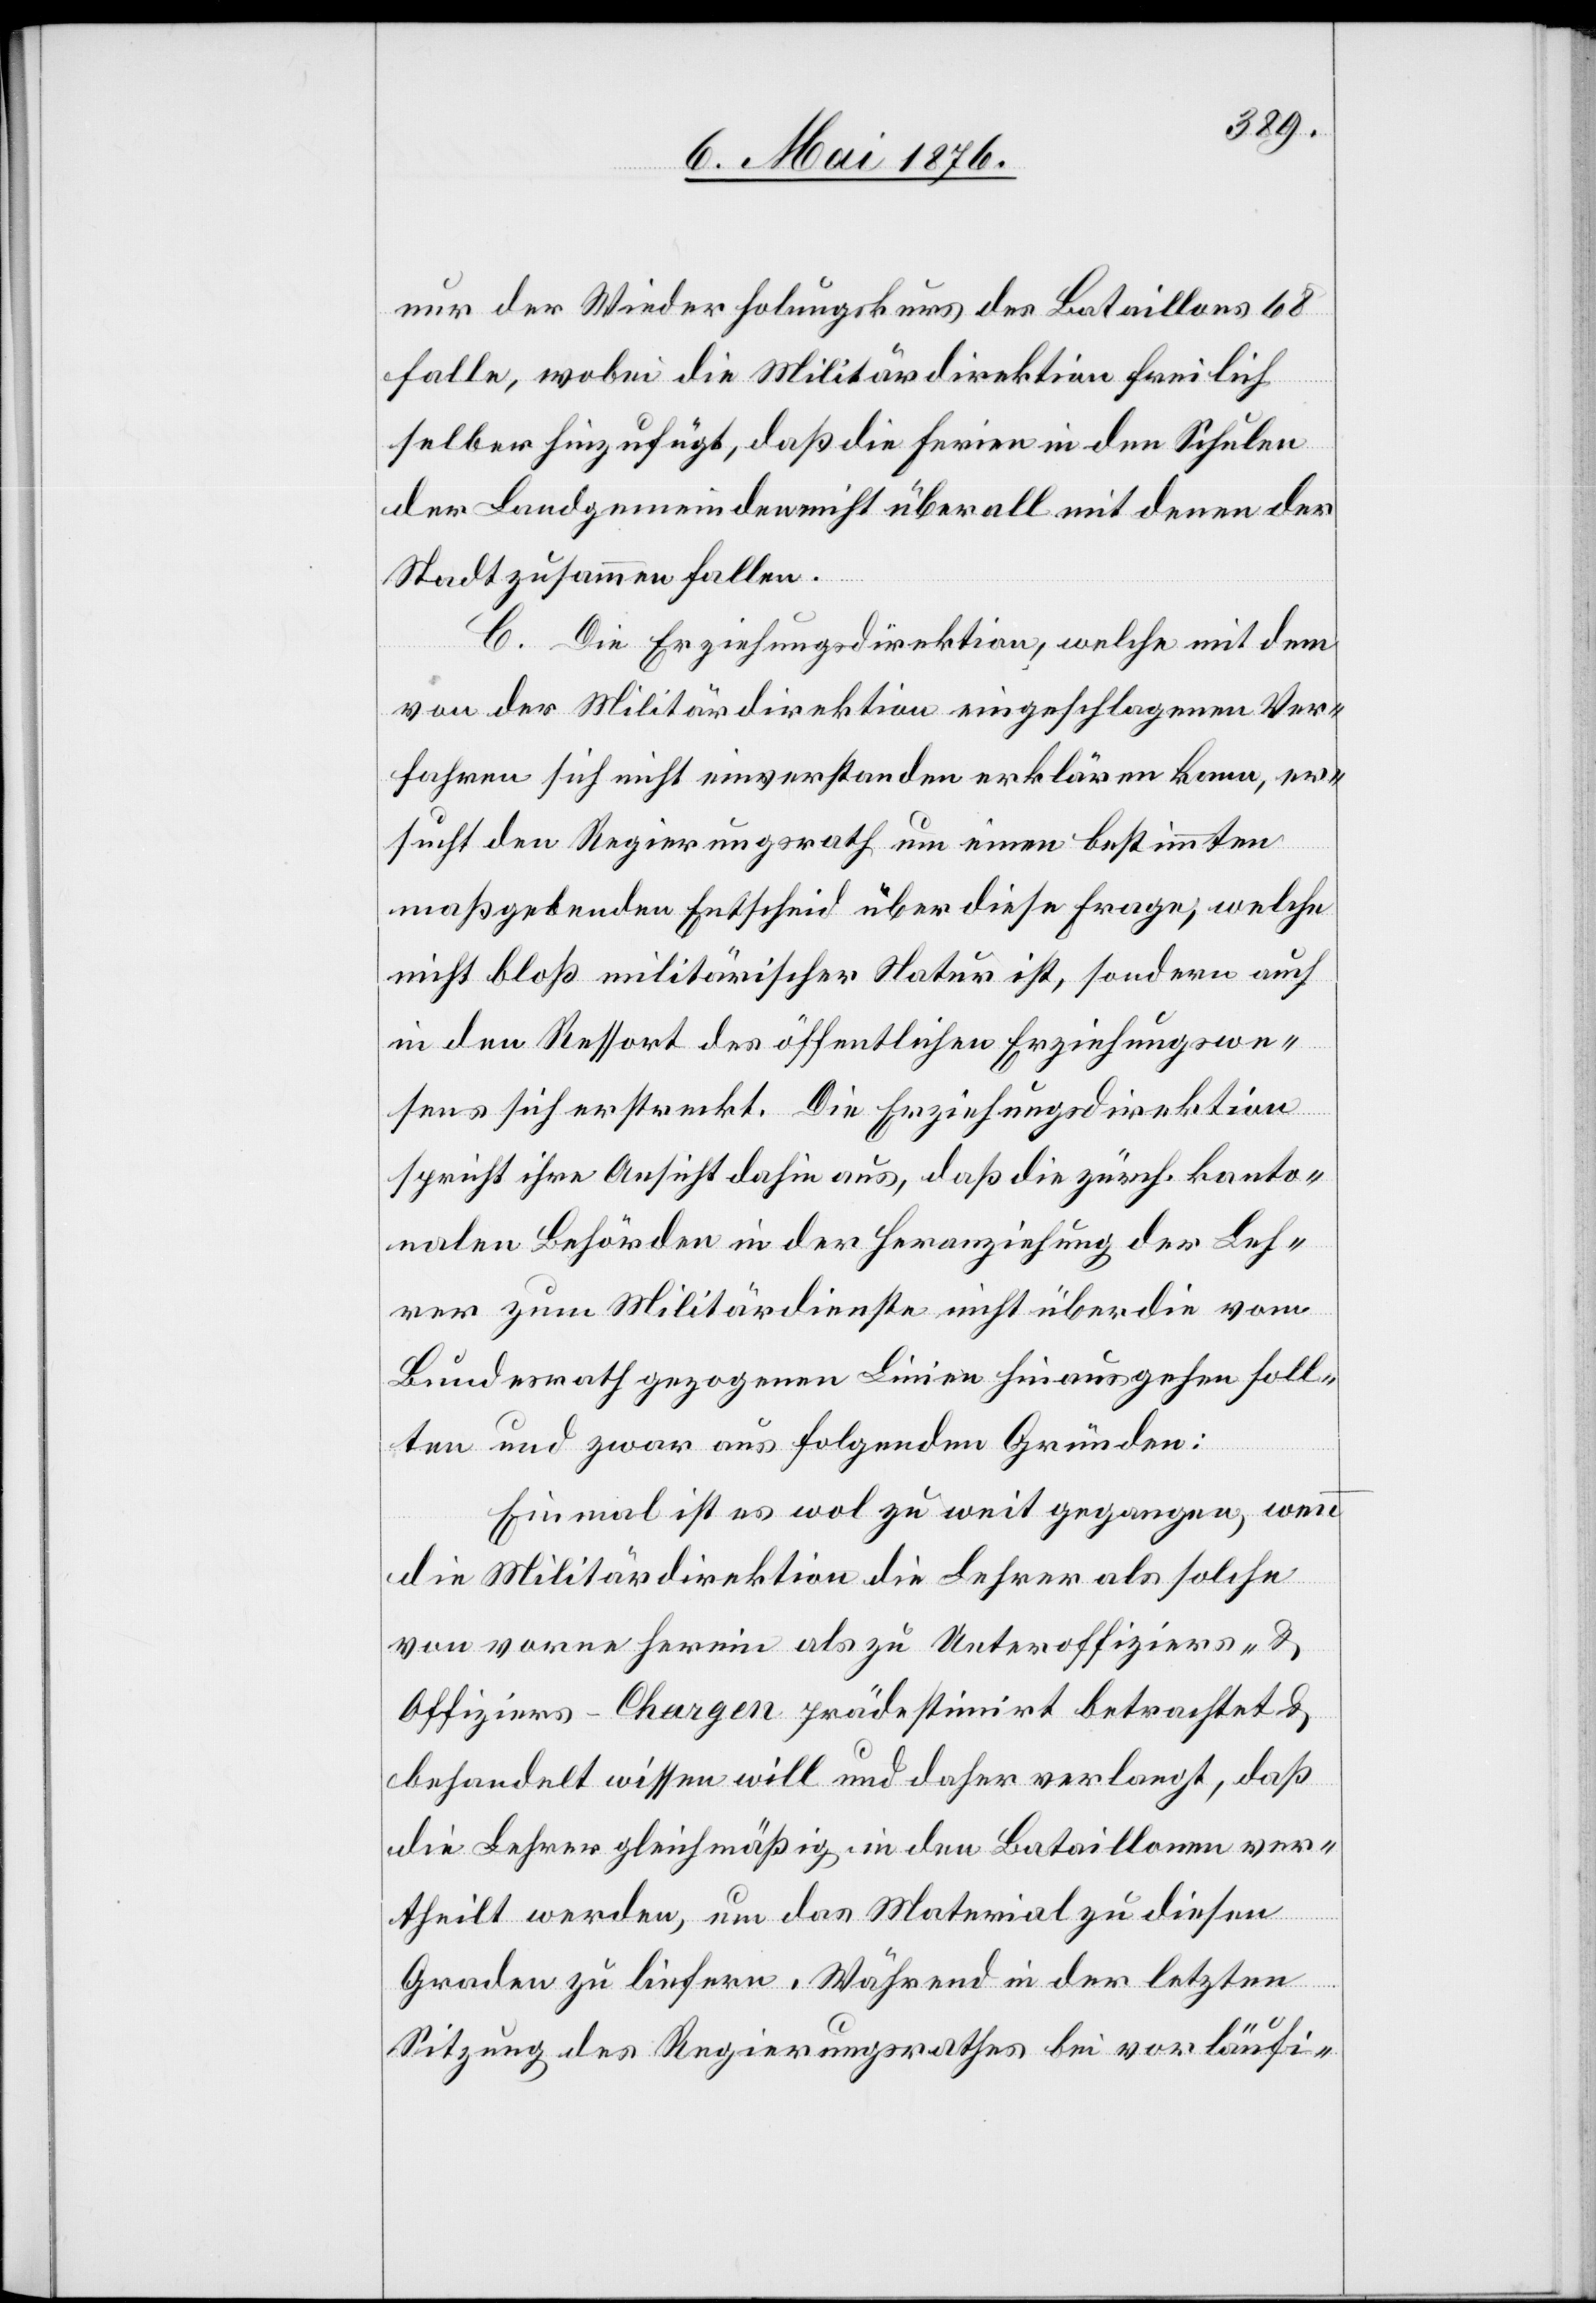
nur der Wiederholungskurs des Bataillons 68
falle, wobei die Militärdirektion freilich
selber hinzufügt, daß die Ferien in den Schulen
der Landgemeinden nicht überall mit denen der
Stadt zusammen fallen.
C. Die Erziehungsdirektion, welche mit dem
von der Militärdirektion eingeschlagenen Ver¬
fahren sich nicht einverstanden erklären kann, er¬
sucht den Regierungsrath um einen bestimmten
maßgebenden Entscheid über diese Frage, welche
nicht bloß militärischer Natur ist, sondern auch
in den Ressort des öffentlichen Erziehungswe¬
sens sich erstreckt. Die Erziehungsdirektion
spricht ihre Ansicht dahin aus, daß die zürch. kanto¬
nalen Behörden in der Heranziehung der Leh¬
rer zum Militärdienste nicht über die vom
Bundesrath gezogenen Linien hinausgehen soll¬
ten und zwar aus folgenden Gründen:
Einmal ist es wol zu weit gegangen, wenn
die Militärdirektion die Lehrer als solche
von vorne herein als zu Unteroffiziers- &
Offiziers-Chargen prädestinirt betrachtet &
behandelt wissen will und daher verlangt, daß
die Lehrer gleichmäßig in den Bataillonen ver¬
theilt werden, um das Material zu diesen
Graden zu liefern. Während in der letzten
Sitzung des Regierungsrathes bei vorläufi-